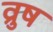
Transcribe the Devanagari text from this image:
व्रुष